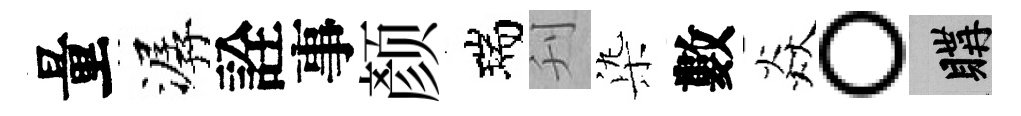
量潺詮事颜瑞刋𣑱數焱。購